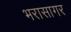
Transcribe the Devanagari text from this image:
भरासागर